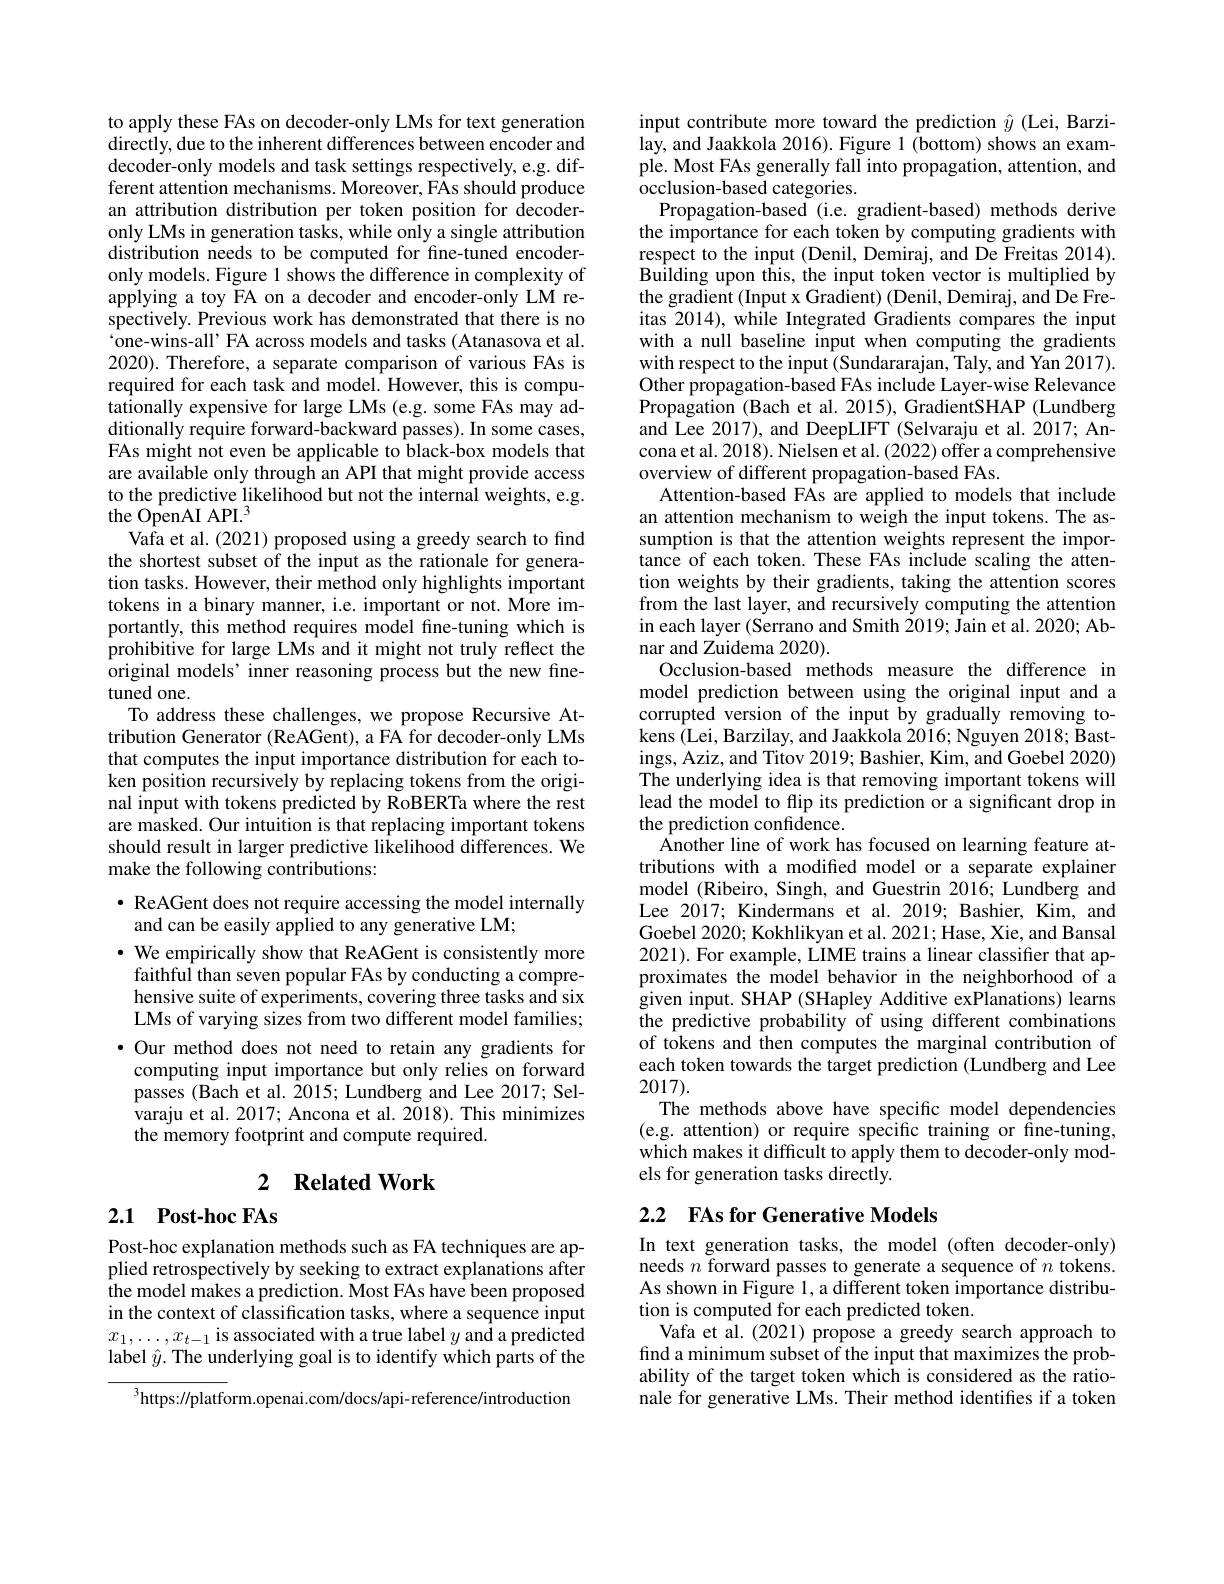
to apply these FAs on decoder-only LMs for text generation directly, due to the inherent differences between encoder and decoder-only models and task settings respectively, e.g. different attention mechanisms. Moreover, FAs should produce an attribution distribution per token position for decoderonly LMs in generation tasks, while only a single attribution distribution needs to be computed for fine-tuned encoderonly models. Figure 1 shows the difference in complexity of applying a toy FA on a decoder and encoder-only LM respectively. Previous work has demonstrated that there is no $`$one-wins-all' FA across models and tasks (Atanasova et al. 2020). Therefore, a separate comparison of various FAs is required for each task and model. However, this is computationally expensive for large LMs (e.g. some FAs may additionally require forward-backward passes). In some cases, FAs might not even be applicable to black-box models that are available only through an API that might provide access to the predictive likelihood but not the internal weights, e.g. the OpenAI API.$^3$
Vafa et al. (2021) proposed using a greedy search to find the shortest subset of the input as the rationale for generation tasks. However, their method only highlights important tokens in a binary manner, i.e. important or not. More importantly, this method requires model fine-tuning which is prohibitive for large LMs and it might not truly reflect the original models’ inner reasoning process but the new finetuned one.
To address these challenges, we propose Recursive Attribution Generator (ReAGent), a FA for decoder-only LMs that computes the input importance distribution for each token position recursively by replacing tokens from the original input with tokens predicted by RoBERTa where the rest are masked. Our intuition is that replacing important tokens should result in larger predictive likelihood differences. We make the following contributions:
$\bullet$ ReAGent does not require accessing the model internally

and can be easily applied to any generative LM;
$\cdot$ We empirically show that ReAGent is consistently more faithful than seven popular FAs by conducting a comprehensive suite of experiments, covering three tasks and six LMs of varying sizes from two different model families; $\bullet$ Our method does not need to retain any gradients for computing input importance but only relies on forward passes (Bach et al. 2015; Lundberg and Lee 2017; Selvaraju et al. 2017; Ancona et al. 2018). This minimizes the memory footprint and compute required.

# 2 Related Work

## 2.1 Post-hoc FAs

Post-hoc explanation methods such as FA techniques are applied retrospectively by seeking to extract explanations after the model makes a prediction. Most FAs have been proposed in the context of classification tasks, where a sequence input $x_1,\ldots,x_{t-1}$ is associated with a true label $y$ and a predicted label $\hat{y}.$ The underlying goal is to identify which parts of the

$^{3}$https://platform.openai.com/docs/api-reference/introduction

input contribute more toward the prediction $\hat{y}$ (Lei, Barzilay, and Jaakkola 2016). Figure 1 (bottom) shows an example. Most FAs generally fall into propagation, attention, and $\bar{\text{occlusion-based categories}}$
Propagation-based (i.e. gradient-based) methods derive the importance for each token by computing gradients with respect to the input (Denil, Demiraj, and De Freitas 2014). Building upon this, the input token vector is multiplied by the gradient (Input x Gradient) (Denil, Demiraj, and De Freitas 2014), while Integrated Gradients compares the input with a null baseline input when computing the gradients with respect to the input (Sundararajan, Taly, and Yan 2017). Other propagation-based FAs include Layer-wise Relevance Propagation (Bach et al. 2015), GradientSHAP (Lundberg and Lee 2017), and DeepLIFT (Selvaraju et al.2017; Ancona et al. 2018). Nielsen et al. (2022) offer a comprehensive overview of different propagation-based FAs.
Attention-based FAs are applied to models that include an attention mechanism to weigh the input tokens. The assumption is that the attention weights represent the importance of each token. These FAs include scaling the attention weights by their gradients, taking the attention scores from the last layer, and recursively computing the attention in each layer (Serrano and Smith $\dot{2}019;\dot{\text{Jain et al.2020; Ab-}}$ nar and Zuidema 2020).
Occlusion-based methods measure the difference in model prediction between using the original input and a corrupted version of the input by gradually removing tokens (Lei, Barzilay, and Jaakkola 2016; Nguyen 2018; Bastings, Aziz, and Titov 2019; Bashier, Kim, and Goebel 2020) The underlying idea is that removing important tokens will lead the model to flip its prediction or a significant drop in the prediction confidence.
$\hat{\text{Another line of work has focused on learning feature at-}}$ tributions with a modified model or a separate explainer model (Ribeiro, Singh, and Guestrin 2016; Lundberg and Lee 2017; Kindermans et al. 2019; Bashier, Kim, and Goebel 2020; Kokhlikyan et al. 2021; Hase, Xie, and Bansal 2021). For example, LIME trains a linear classifier that approximates the model behavior in the neighborhood of a given input. SHAP (SHapley Additive exPlanations) learns the predictive probability of using different combinations of tokens and then computes the marginal contribution of each token towards the target prediction (Lundberg and Lee 2017).
The methods above have specific model dependencies (e.g. attention) or require specific training or fine-tuning, which makes it difficult to apply them to decoder-only models for generation tasks directly

# 2.2 FAs for Generative Models

In text generation tasks, the model (often decoder-only) needs $n$ forward passes to generate a sequence of $n$ tokens. As shown in Figure l, a different token importance distribution is computed for each predicted token.
Vafa et al. (2021) propose a greedy search approach to find a minimum subset of the input that maximizes the probability of the target token which is considered as the rationale for generative LMs. Their method identifies if a token